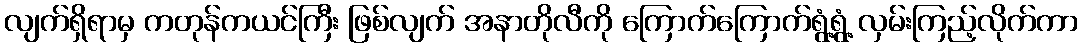
လျက်ရှိရာမှ ကတုန်ကယင်ကြီး ဖြစ်လျက် အနာတိုလီကို ကြောက်ကြောက်ရွံ့ရွံ့ လှမ်းကြည့်လိုက်ကာ